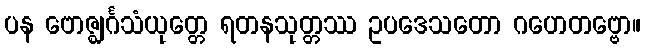
ပန ဗောဇ္ဈင်္ဂသံယုတ္တေ ရတနသုတ္တဿ ဥပဒေသတော ဂဟေတဗ္ဗော။